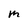
Character: m